Leningradi_Edasi_toimetus, lk 69
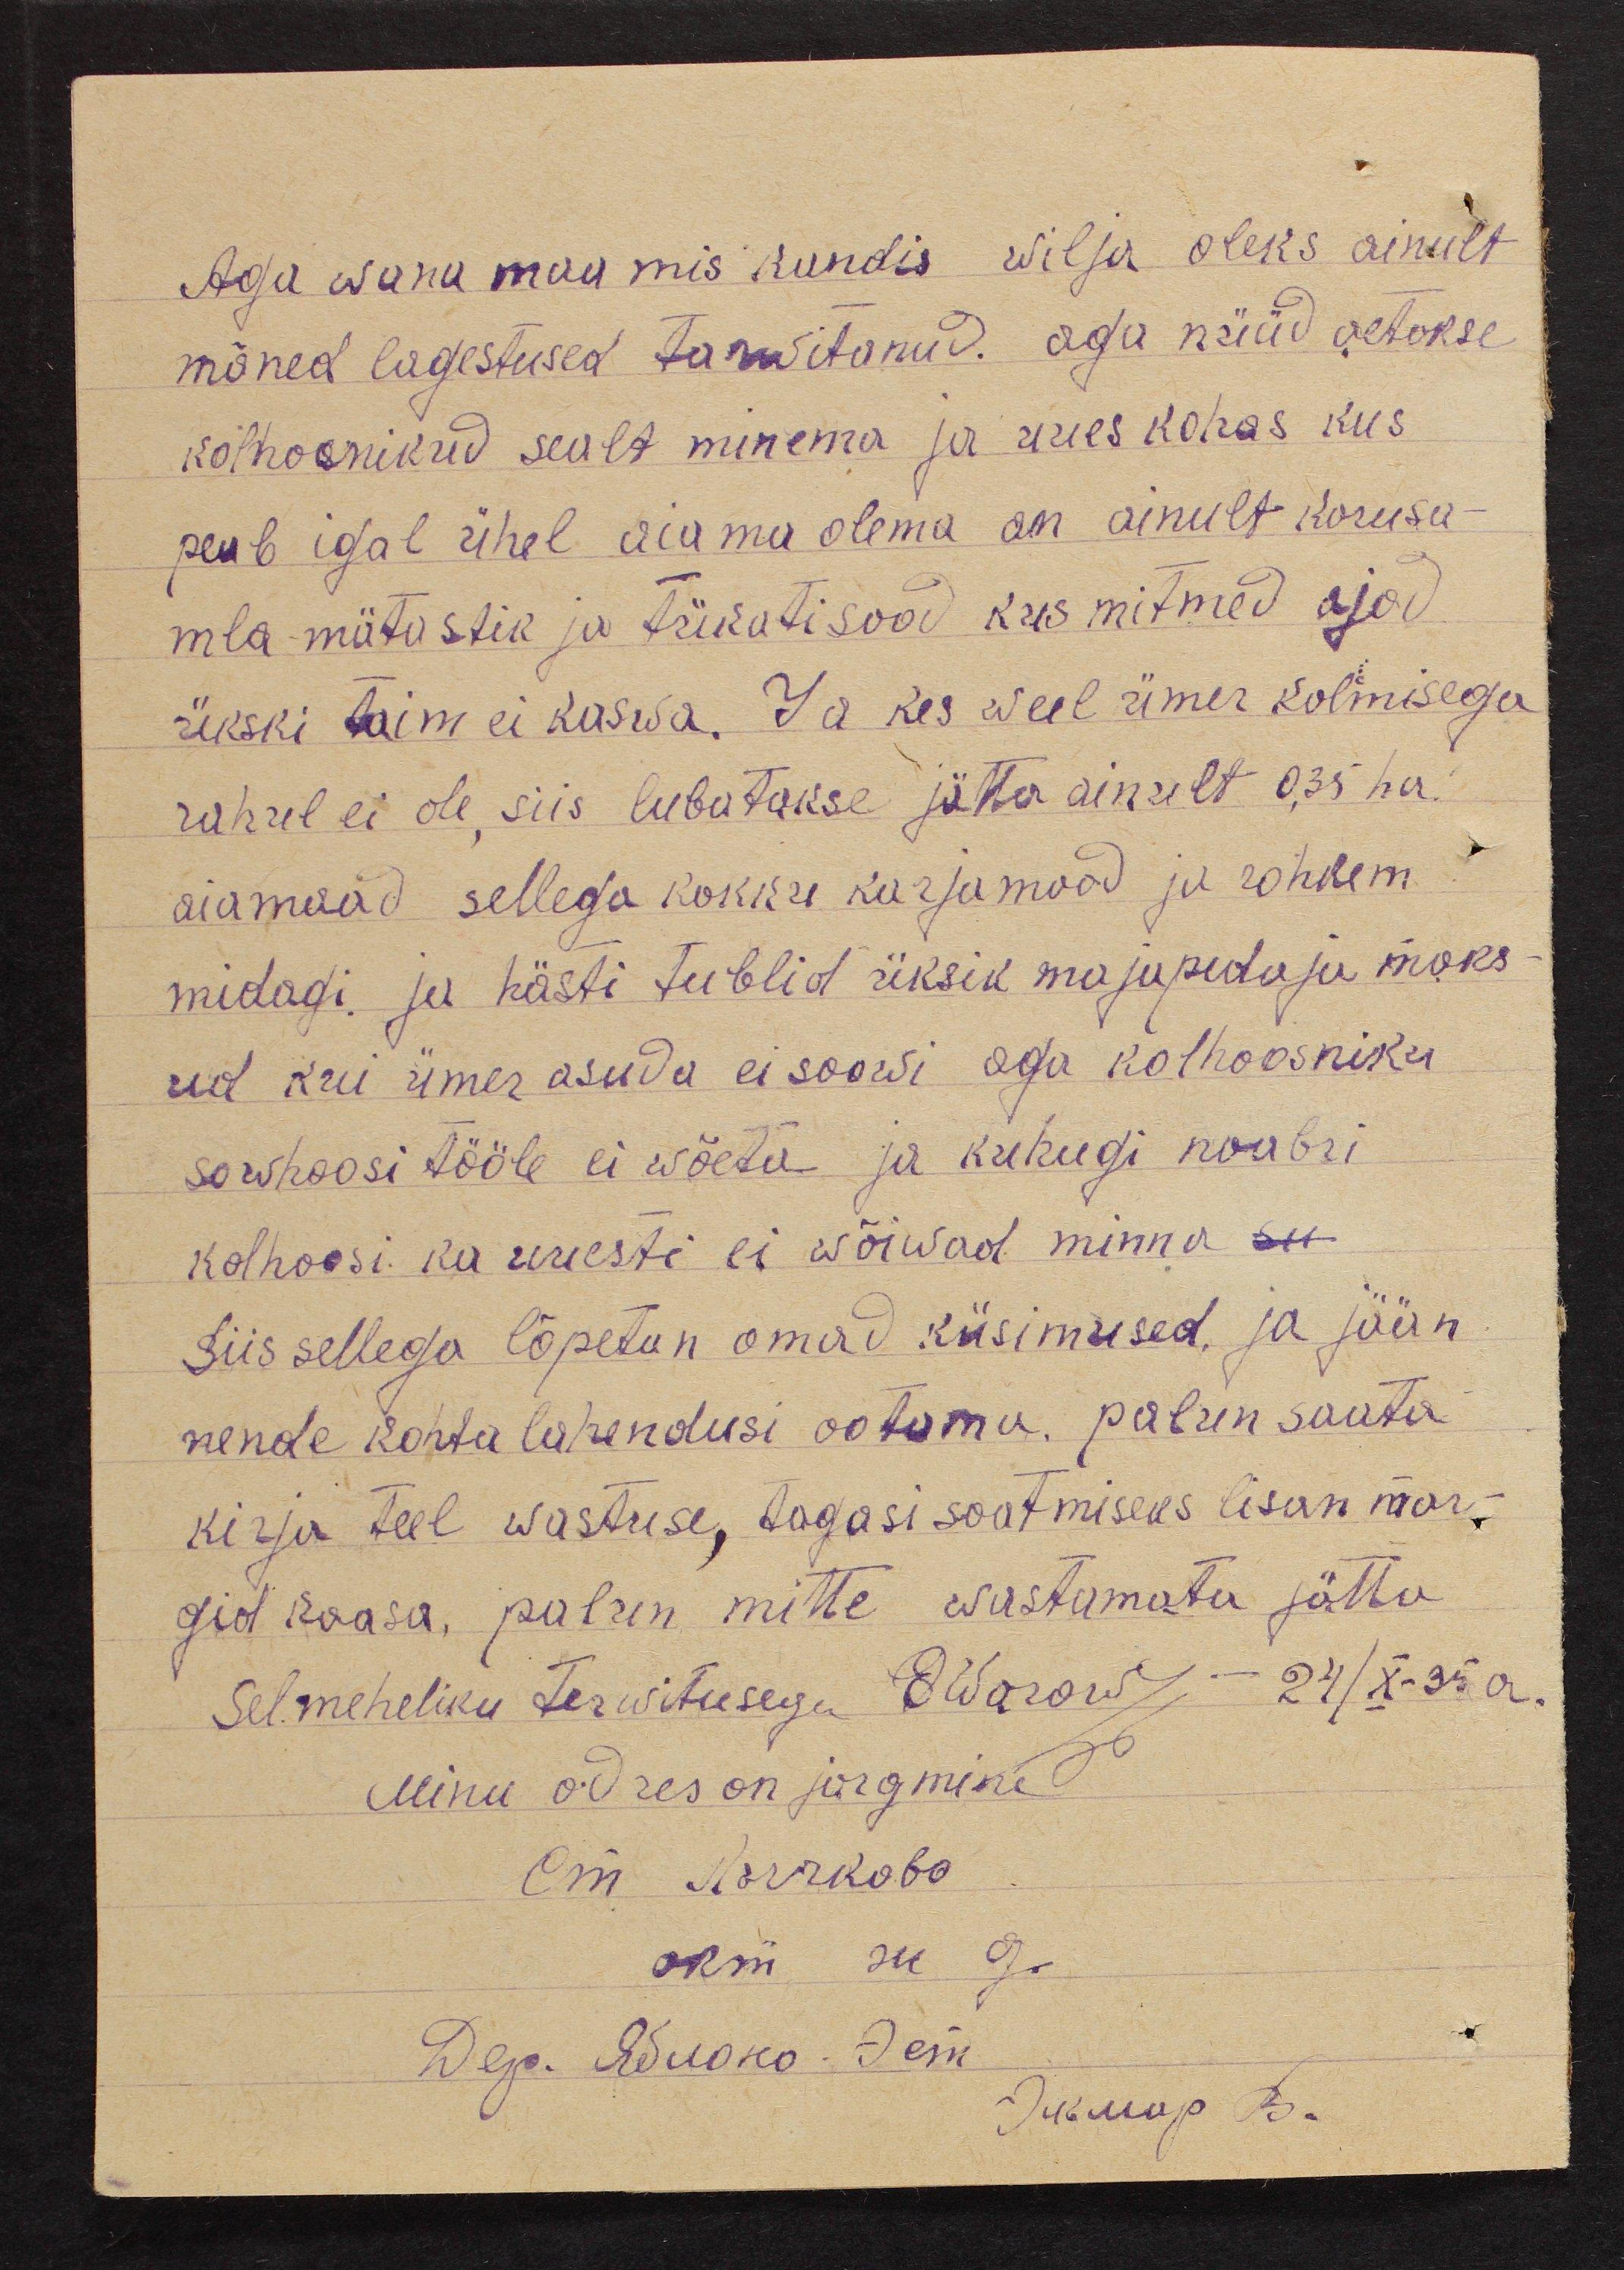
Aga wana maa mis kandis wilja oleks ainult
mõned lagestused tarwitanud. aga nüüd aetakse
kolhosnikud sealt minema ja uues kohas kus
peab igal ühel aia ma olema on ainult karusa-
mla mätastik ja tükatisood kus mitmed ajad
ükski taim ei kaswa. Ja kes weel ümer kolmisega
rahul ei ole, siis lubatakse jätta ainult 0,35 ha.
aiamaad sellega kokku karjamaad ja rohkem
midagi ja hästi tublid üksik majapidaja maks-
ud kui ümer asuda ei soowi aga kolhoosniku
sowhoosi tööle ei wõeta ja kuhugi naabri
kolhoosi ka uuesti ei wõiwad minna se-
Siis sellega lõpetan omad küsimused, ja jään
nende kohta lahendusi ootama. Palun saata
kirja teel wastuse, tagasi saatmiseks lisan mar-
gid kaasa, palun mitte wastamata jätta
Sel meheliku terwitusega E Warow - 24/X-35 a.
Minu adres on järgmine